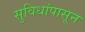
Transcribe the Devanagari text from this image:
सुविधांपासून